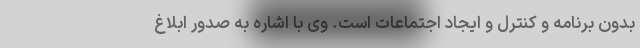
بدون برنامه و کنترل و ایجاد اجتماعات است. وی با اشاره به صدور ابلاغ